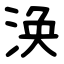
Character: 涣